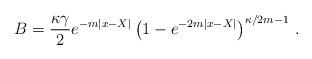
LaTeX: \begin{align*}B= {\kappa \gamma \over 2} e^{- m |x - X|} \left(1 - e^{-2 m |x - X|} \right)^{\kappa/2 m - 1} \, .\end{align*}